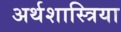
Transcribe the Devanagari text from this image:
अर्थशास्त्रिया